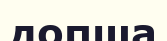
допша